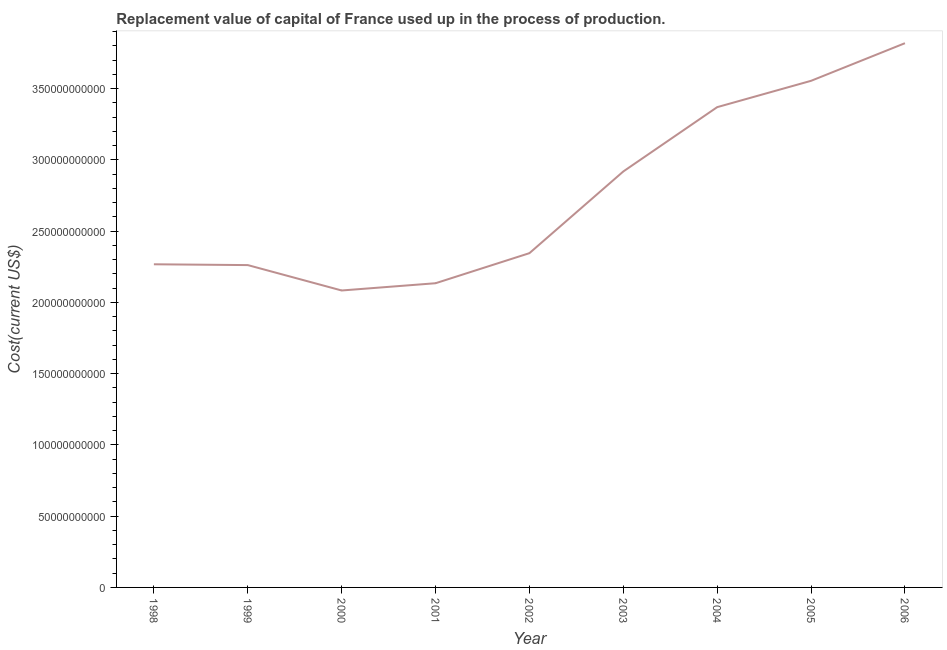
| Year | Consumption of fixed capital |
 | --- | --- |
 | 1998 | 2.27e+11 |
 | 1999 | 2.26e+11 |
 | 2000 | 2.08e+11 |
 | 2001 | 2.13e+11 |
 | 2002 | 2.35e+11 |
 | 2003 | 2.92e+11 |
 | 2004 | 3.37e+11 |
 | 2005 | 3.56e+11 |
 | 2006 | 3.82e+11 |